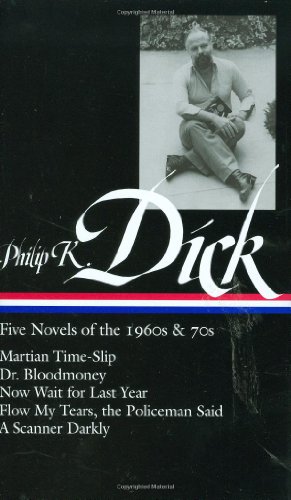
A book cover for Philip K. Dick: Five Novels of the 1960s & 70s; Philip K. Dick; Science Fiction & Fantasy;